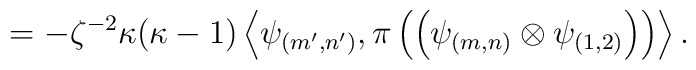
\hspace*{2.5cm}= -\zeta^{-2} \kappa (\kappa -1) \left\langle\psi_{(m',n')},\pi\left(\left(\psi_{(m,n)}\otimes\psi_{(1,2)}\right)\right)\right\rangle.